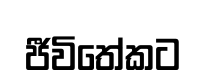
ජීවිතේකට